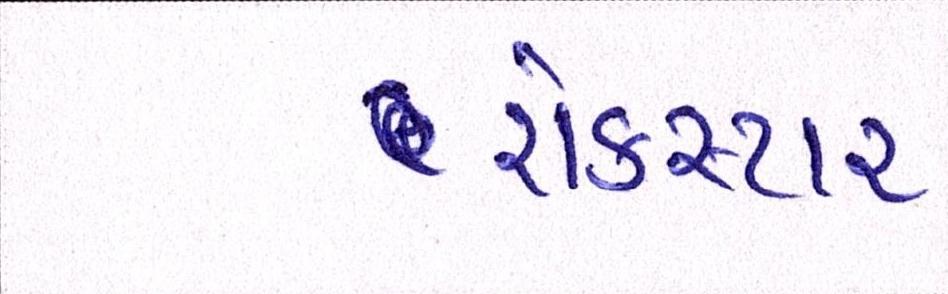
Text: રોકસ્ટાર